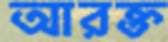
আরক্ত